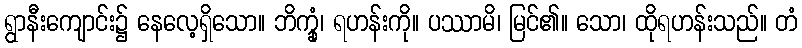
ရွာနီးကျောင်း၌ နေလေ့ရှိသော။ ဘိက္ခုံ၊ ရဟန်းကို။ ပဿာမိ၊ မြင်၏။ သော၊ ထိုရဟန်းသည်။ တံ